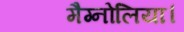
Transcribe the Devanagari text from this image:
मैग्नोलिया।